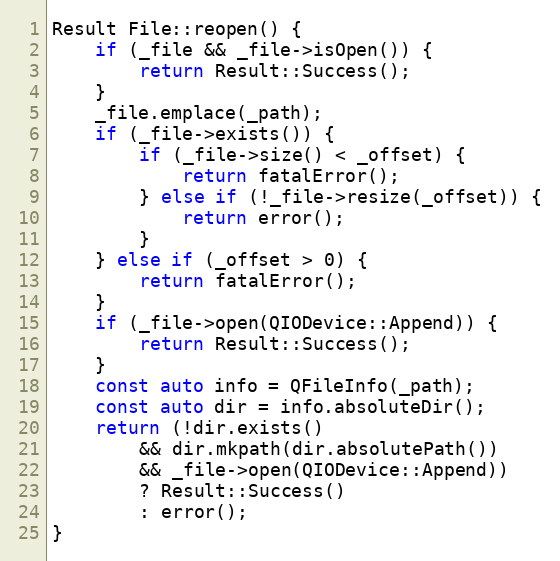
Language: C++
Result File::reopen() {
	if (_file && _file->isOpen()) {
		return Result::Success();
	}
	_file.emplace(_path);
	if (_file->exists()) {
		if (_file->size() < _offset) {
			return fatalError();
		} else if (!_file->resize(_offset)) {
			return error();
		}
	} else if (_offset > 0) {
		return fatalError();
	}
	if (_file->open(QIODevice::Append)) {
		return Result::Success();
	}
	const auto info = QFileInfo(_path);
	const auto dir = info.absoluteDir();
	return (!dir.exists()
		&& dir.mkpath(dir.absolutePath())
		&& _file->open(QIODevice::Append))
		? Result::Success()
		: error();
}